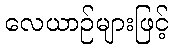
လေယာဉ်များဖြင့်